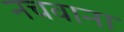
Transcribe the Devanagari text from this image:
नचवाना